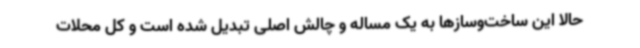
حالا این ساخت‌وسازها به یک مساله و چالش اصلی تبدیل شده است و کل محلات